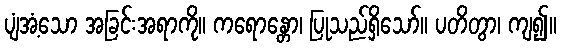
ပျံအံ့သော အခြင်းအရာကို။ ကရောန္တော၊ ပြုသည်ရှိသော်။ ပတိတွာ၊ ကျ၍။